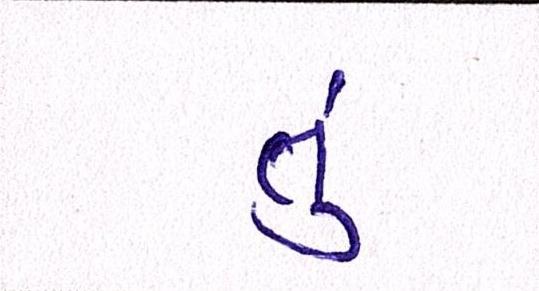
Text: તું